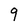
Character: 9